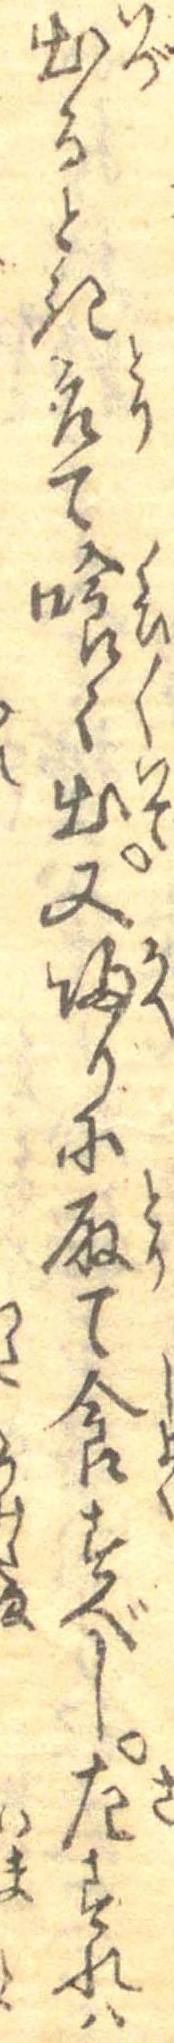
出るとき取て喰々出又帰りに取て食すべし左すれは